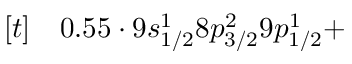
\begin{array} { r l } { [ t ] } & { { } 0 . 5 5 \cdot 9 s _ { 1 / 2 } ^ { 1 } 8 p _ { 3 / 2 } ^ { 2 } 9 p _ { 1 / 2 } ^ { 1 } + } \end{array}